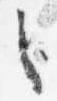
之